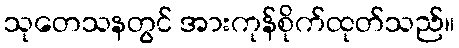
သုတေသနတွင် အားကုန်စိုက်ထုတ်သည်။